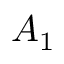
A _ { 1 }